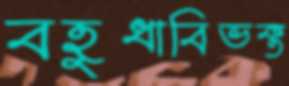
বহুধাবিভক্ত